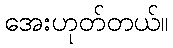
အေးဟုတ်တယ်။